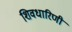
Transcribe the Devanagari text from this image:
शिवधारिणी